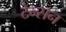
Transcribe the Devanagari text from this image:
टेन्सन